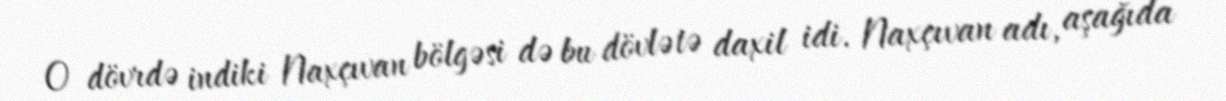
O dövrdə indiki Naxçıvan bölgəsi də bu dövlətə daxil idi. Naxçıvan adı, aşağıda